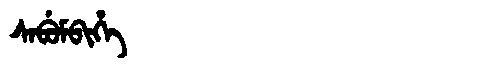
Manchu: ᠰᠠᠪᡠᠮᠪᡳᡥᡝ
Romanization: SABUMBIHE